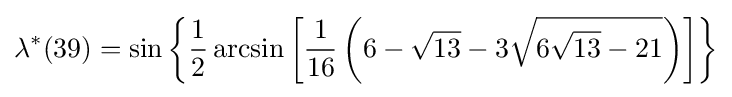
\lambda ^{*}(39)=\sin \left\{{\frac {1}{2}}\arcsin \left[{\frac {1}{16}}\left(6-{\sqrt {13}}-3{\sqrt {6{\sqrt {13}}-21}}\right)\right]\right\}